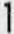
1